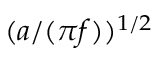
( a / ( \pi f ) ) ^ { 1 / 2 }